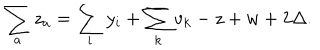
LaTeX: \sum _ { a } z _ { a } = \sum _ { i } y _ { i } + \sum _ { k } v _ { k } - z + w + 2 \Delta .